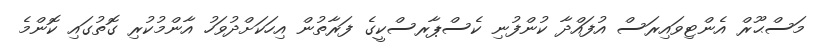
މަސްޙޫރް އެންޓިވައިރަސް އުފައްދާ ކުންފުނި ކެސްޕާރސްކީގެ ފަރާތުން އިހަކަށްދުވަހު އާންމުކުރި ގޮތުގައި ކޮންމެ